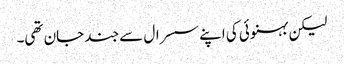
لیکن بہنوئی کی اپنے سسرال سے جند جان تھی۔